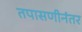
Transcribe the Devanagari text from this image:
तपासणीनंतर